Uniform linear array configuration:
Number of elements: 64
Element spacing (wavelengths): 0.5
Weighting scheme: hamming
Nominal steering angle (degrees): -45
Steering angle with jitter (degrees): -44.897
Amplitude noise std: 0.05
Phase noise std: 0.05

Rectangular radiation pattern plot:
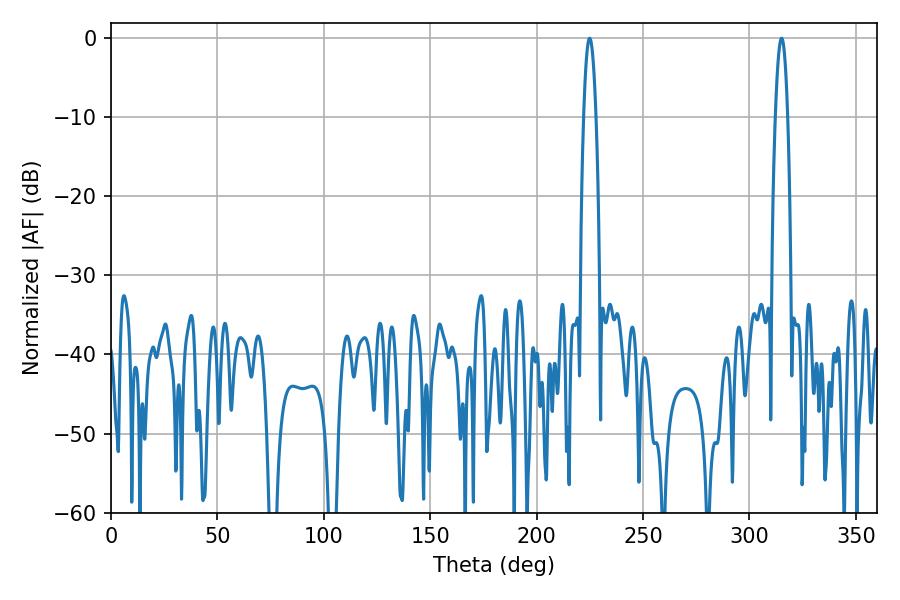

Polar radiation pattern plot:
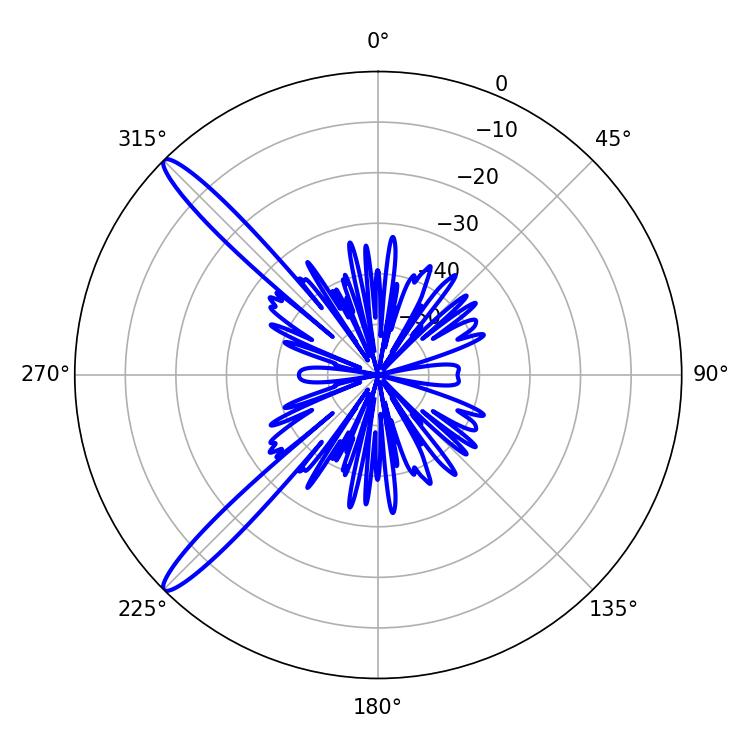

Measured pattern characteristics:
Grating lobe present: FALSE
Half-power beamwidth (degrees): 3.06
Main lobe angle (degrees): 224.82